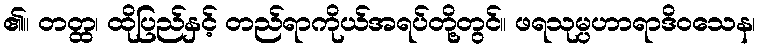
၏။ တတ္ထ၊ ထိုပြည်နှင့် တည်ရာကိုယ်အရပ်တို့တွင်။ ဖရသုမ္ပဟာရာဒိဝသေန၊